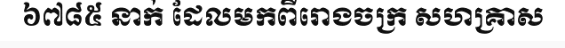
៦៧៨៥ នាក់ ដែលមកពីរោងចក្រ សហគ្រាស